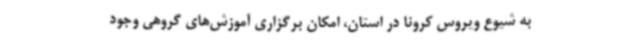
به شیوع ویروس کرونا در استان، امکان برگزاری آموزش‌های گروهی وجود